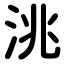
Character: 洮